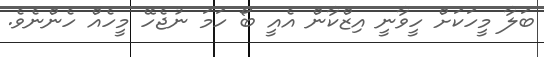
ބަލާ މީހަކަށް ހީވާނީ އިޒްކާން އެއީ ބޯ ހަމަ ނުޖެހޭ މީހެއް ހެންނެވެ.